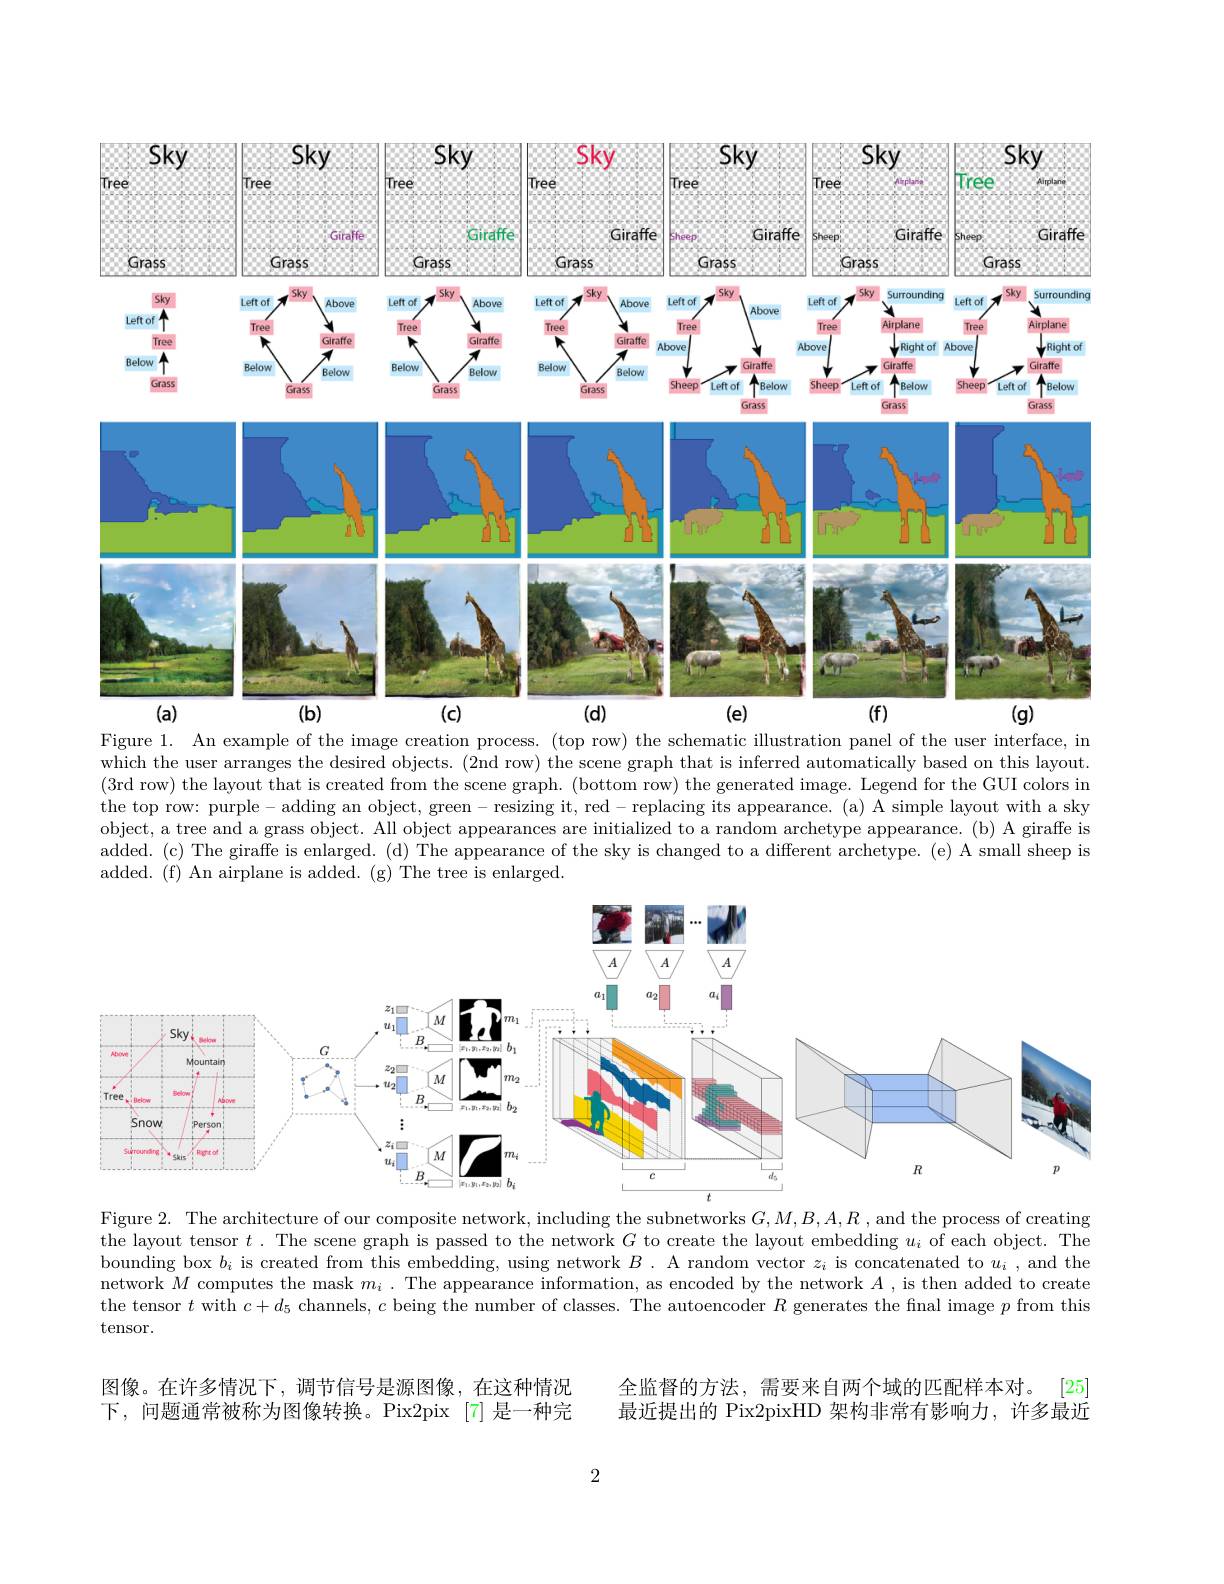
<FigureHere>

Figure 1. An example of the image creation process. (top row) the schematic illustration panel of the user interface, in which the user arranges the desired objects. (2nd row) the scene graph that is inferred automatically based on this layout. (3rd row) the layout that is created from the scene graph. (bottom row) the generated image. Legend for the GUI colors in the top row: purple- adding an object, green - resizing it, red- replacing its appearance. (a) A simple layout with a sky object, a tree and a grass object. All object appearances are initialized to a random archetype appearance. (b) A giraffe is added. (c) The giraffe is enlarged. (d) The appearance of the sky is changed to a different archetype. (e) A small sheep is added. (f) An airplane is added. (g) The tree is enlarged.

<FigureHere>

Figure 2. The architecture of our composite network, including the subnetworks $G,M,B,A,R$ , and the process of creating the layout tensor $t$ .The scene graph is passed to the network $G$ to create the layout embedding $u_i$ of each object. The bounding box $b_i$ is created from this embedding, using network $B.$ A random vector $z_i$ is concatenated to $u_i$, and the network $M$ computes the mask $m_i$ .The appearance information, as encoded by the network $A$ , is then added to create the tensor $t$ with $c+d_5$ channels, $c$ being the number of classes. The autoencoder $R$ generates the final image $p$ from this

tensor.

图像。在许多情况下，调节信号是源图像，在这种情况下，问题通常被称为图像转换。Pix2pix[7]是一种完

全监督的方法，需要来自两个域的匹配样本对。[25] 最近提出的 Pix2pixHD 架构非常有影响力，许多最近

2